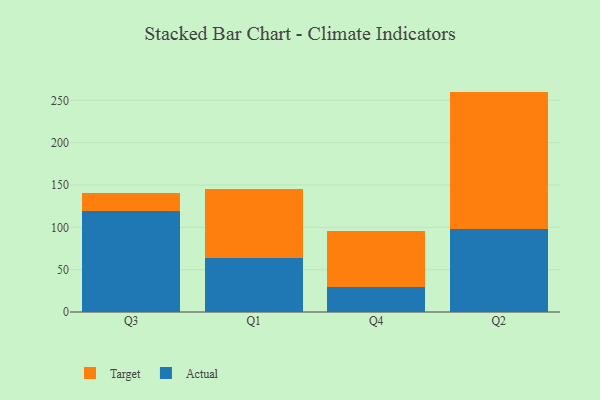
{"axis": {"x": "Quarter", "y": "Market Share (%)"}, "legend": ["Actual", "Target"], "data": [{"x": "Q3", "y": 119.2, "type": "Actual"}, {"x": "Q3", "y": 21.6, "type": "Target"}, {"x": "Q1", "y": 64.1, "type": "Actual"}, {"x": "Q1", "y": 80.7, "type": "Target"}, {"x": "Q4", "y": 29.2, "type": "Actual"}, {"x": "Q4", "y": 66.0, "type": "Target"}, {"x": "Q2", "y": 97.8, "type": "Actual"}, {"x": "Q2", "y": 162.5, "type": "Target"}]}